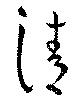
請